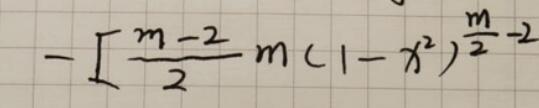
\[-\left[\frac{m - 2}{2}m(1 - x^{2})^{\frac{m}{2}-2}\right]\]